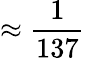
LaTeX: \approx\frac{1}{137}